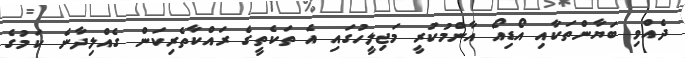
ދެއްވި ބަޔާންތަކާއި އޯޑިއޯ އާންމުކުރީ މަޖިލީހުގައި އެ ތަކެތީގެ ރައްކާތެރިކަން ގެއްލިދާނެ ކަމުގެ